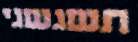
תשגשגי